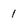
Character: 1